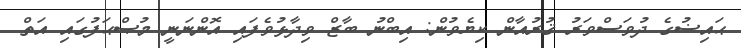
ޙައިޟުގެ ދުވަސްވަރު ޤުރުއާން ކިޔެވުން: އިބްނު ބާޒް ވިދާޅުވެފައި އޮންނަނީ މުޞްޙަފުގައި އަތް